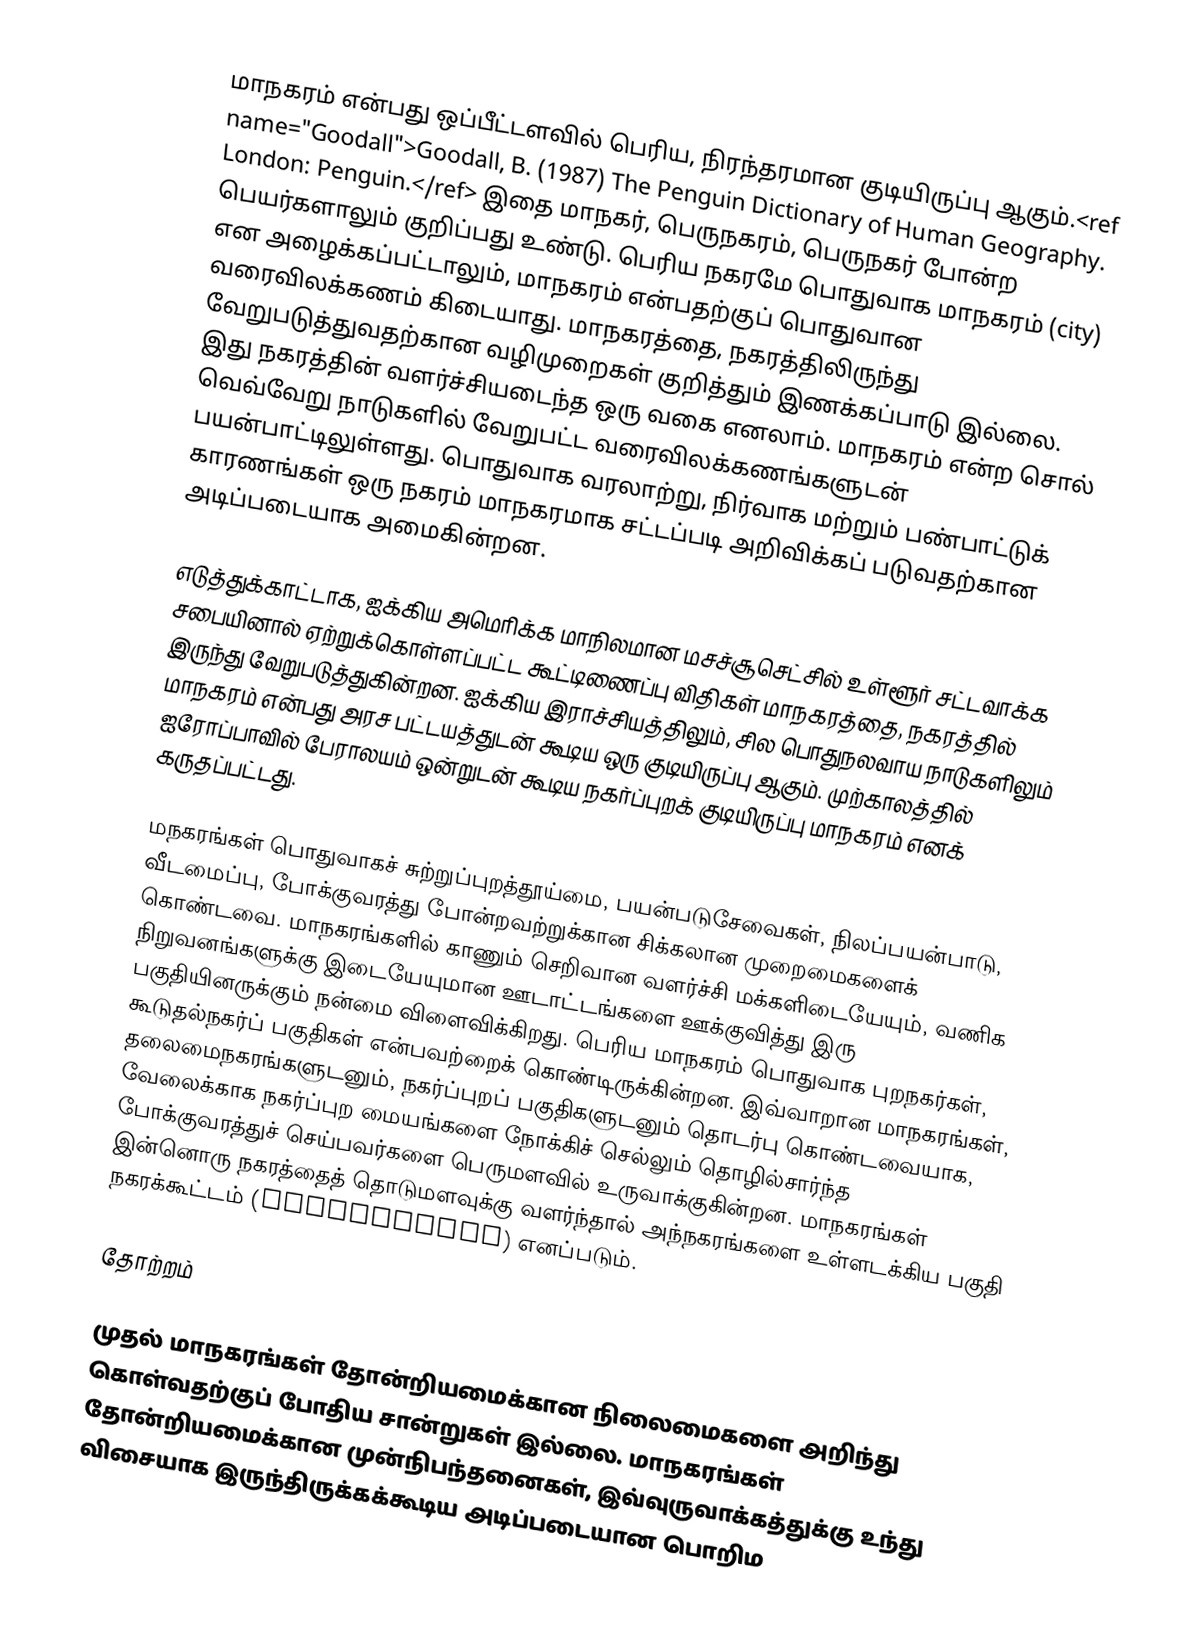
மாநகரம் என்பது ஒப்பீட்டளவில் பெரிய, நிரந்தரமான குடியிருப்பு ஆகும்.<ref name="Goodall">Goodall, B. (1987) The Penguin Dictionary of Human Geography. London: Penguin.</ref> இதை மாநகர், பெருநகரம், பெருநகர் போன்ற பெயர்களாலும் குறிப்பது உண்டு. பெரிய நகரமே பொதுவாக மாநகரம் (city) என அழைக்கப்பட்டாலும், மாநகரம் என்பதற்குப் பொதுவான வரைவிலக்கணம் கிடையாது. மாநகரத்தை, நகரத்திலிருந்து வேறுபடுத்துவதற்கான வழிமுறைகள் குறித்தும் இணக்கப்பாடு இல்லை. இது நகரத்தின் வளர்ச்சியடைந்த ஒரு வகை எனலாம். மாநகரம் என்ற சொல் வெவ்வேறு நாடுகளில் வேறுபட்ட வரைவிலக்கணங்களுடன் பயன்பாட்டிலுள்ளது. பொதுவாக வரலாற்று, நிர்வாக மற்றும் பண்பாட்டுக் காரணங்கள் ஒரு நகரம் மாநகரமாக சட்டப்படி அறிவிக்கப் படுவதற்கான அடிப்படையாக அமைகின்றன.

எடுத்துக்காட்டாக, ஐக்கிய அமெரிக்க மாநிலமான மசச்சூசெட்சில் உள்ளூர் சட்டவாக்க சபையினால் ஏற்றுக்கொள்ளப்பட்ட கூட்டிணைப்பு விதிகள் மாநகரத்தை, நகரத்தில் இருந்து வேறுபடுத்துகின்றன. ஐக்கிய இராச்சியத்திலும், சில பொதுநலவாய நாடுகளிலும் மாநகரம் என்பது அரச பட்டயத்துடன் கூடிய ஒரு குடியிருப்பு ஆகும். முற்காலத்தில் ஐரோப்பாவில் பேராலயம் ஒன்றுடன் கூடிய நகர்ப்புறக் குடியிருப்பு மாநகரம் எனக் கருதப்பட்டது.

மநகரங்கள் பொதுவாகச் சுற்றுப்புறத்தூய்மை, பயன்படுசேவைகள், நிலப்பயன்பாடு, வீடமைப்பு, போக்குவரத்து போன்றவற்றுக்கான சிக்கலான முறைமைகளைக் கொண்டவை. மாநகரங்களில் காணும் செறிவான வளர்ச்சி மக்களிடையேயும், வணிக நிறுவனங்களுக்கு இடையேயுமான ஊடாட்டங்களை ஊக்குவித்து இரு பகுதியினருக்கும் நன்மை விளைவிக்கிறது. பெரிய மாநகரம் பொதுவாக புறநகர்கள், கூடுதல்நகர்ப் பகுதிகள் என்பவற்றைக் கொண்டிருக்கின்றன. இவ்வாறான மாநகரங்கள், தலைமைநகரங்களுடனும், நகர்ப்புறப் பகுதிகளுடனும் தொடர்பு கொண்டவையாக, வேலைக்காக நகர்ப்புற மையங்களை நோக்கிச் செல்லும் தொழில்சார்ந்த போக்குவரத்துச் செய்பவர்களை பெருமளவில் உருவாக்குகின்றன. மாநகரங்கள் இன்னொரு நகரத்தைத் தொடுமளவுக்கு வளர்ந்தால் அந்நகரங்களை உள்ளடக்கிய பகுதி நகரக்கூட்டம் (conurbation) எனப்படும்.

 தோற்றம்

முதல் மாநகரங்கள் தோன்றியமைக்கான நிலைமைகளை அறிந்து கொள்வதற்குப் போதிய சான்றுகள் இல்லை. மாநகரங்கள் தோன்றியமைக்கான முன்நிபந்தனைகள், இவ்வுருவாக்கத்துக்கு உந்து விசையாக இருந்திருக்கக்கூடிய அடிப்படையான பொறிம